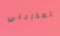
تعذريني